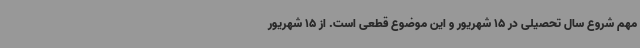
مهم شروع سال تحصیلی در 15 شهریور و این موضوع قطعی است. از 15 شهریور